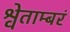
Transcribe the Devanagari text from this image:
श्वेताम्बरं